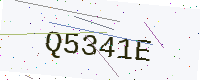
Text: Q5341E